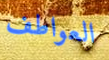
العواطف